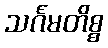
သင်္ဂမတိစ္စ